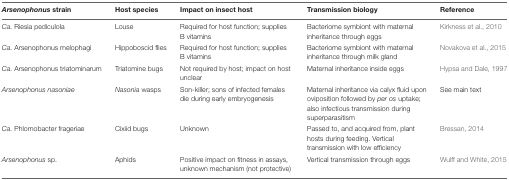
<table><thead><tr><td><b><i>Arsenophonus</i> strain</b></td><td><b>Host species</b></td><td><b>Impact on insect host</b></td><td><b>Transmission biology</b></td><td><b>Reference</b></td></tr></thead><tbody><tr><td><i>Ca.</i> Riesia pediculola</td><td>Louse</td><td>Required for host function; supplies B vitamins</td><td>Bacteriome symbiont with maternal inheritance through eggs</td><td>Kirkness et al., 2010</td></tr><tr><td><i>Ca.</i> Arsenophonus melophagi</td><td>Hippoboscid flies</td><td>Required for host function; supplies B vitamins</td><td>Bacteriome symbiont with maternal inheritance through milk gland</td><td>Novakova et al., 2015</td></tr><tr><td><i>Ca.</i> Arsenophonus triatominarum</td><td>Triatomine bugs</td><td>Not required by host; impact on host unclear</td><td>Maternal inheritance inside eggs</td><td>Hypsa and Dale, 1997</td></tr><tr><td><i>Arsenophonus nasoniae</i></td><td><i>Nasonia</i> wasps</td><td>Son-killer; sons of infected females die during early embryogenesis</td><td>Maternal inheritance via calyx fluid upon oviposition followed by <i>per os</i> uptake; also infectious transmission during superparasitism</td><td>See main text</td></tr><tr><td><i>Ca.</i> Phlomobacter frageriae</td><td>Cixiid bugs</td><td>Unknown</td><td>Passed to, and acquired from, plant hosts during feeding. Vertical transmission with low efficiency</td><td>Bressan, 2014</td></tr><tr><td><i>Arsenophonus</i> sp.</td><td>Aphids</td><td>Positive impact on fitness in assays, unknown mechanism (not protective)</td><td>Vertical transmission through eggs</td><td>Wulff and White, 2015</td></tr></tbody></table>